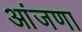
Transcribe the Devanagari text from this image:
आंजणा